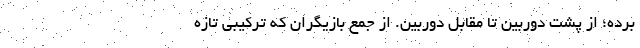
برده؛ از پشت دوربین تا مقابل دوربین. از جمع بازیگران که ترکیبی تازه